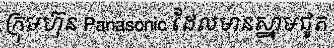
ក្រុមហ៊ុន Panasonic ដែលមានស្នាមជូត